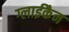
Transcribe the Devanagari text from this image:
ग्लाईकैन